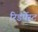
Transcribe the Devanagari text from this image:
रिडंर्पेस्ट